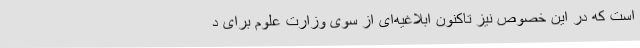
است که در این خصوص نیز تاکنون ابلاغیه‌ای از سوی وزارت علوم برای د